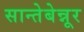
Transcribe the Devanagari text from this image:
सान्तेबेन्नूर